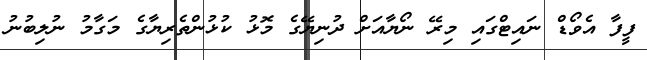
ފީފާ އެވޯޑް ނައިޓްގައި މިރޭ ނޯޔާއަށް ދުނިޔޭގެ މޮޅު ކުޅުންތެރިޔާގެ މަގާމު ނުލިބުނު